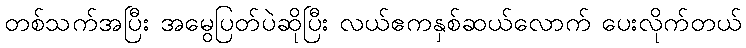
တစ်သက်အပြီး အမွေပြတ်ပဲဆိုပြီး လယ်ဧကနှစ်ဆယ်လောက် ပေးလိုက်တယ်